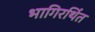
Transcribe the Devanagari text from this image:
भागिरथिंत